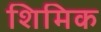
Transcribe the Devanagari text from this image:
शिमिक